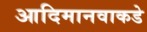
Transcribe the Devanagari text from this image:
आदिमानवाकडे